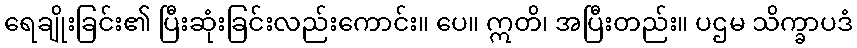
ရေချိုးခြင်း၏ ပြီးဆုံးခြင်းလည်းကောင်း။ ပေ။ ဣတိ၊ အပြီးတည်း။ ပဌမ သိက္ခာပဒံ